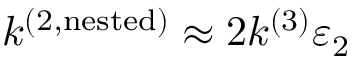
k ^ { ( 2 , \mathrm { n e s t e d } ) } \approx 2 k ^ { ( 3 ) } \varepsilon _ { 2 }